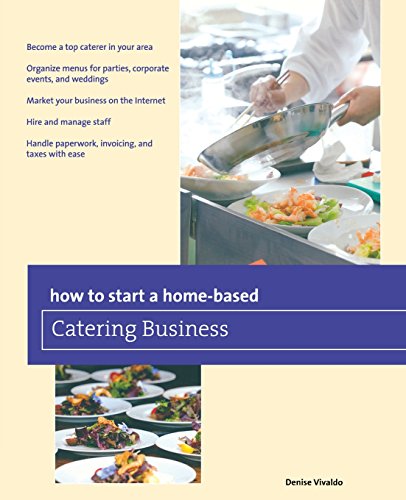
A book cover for How to Start a Home-based Catering Business (Home-Based Business Series); Denise Vivaldo; Cookbooks, Food & Wine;